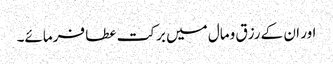
اور ان کے رزق ومال میں برکت عطا فرمائے۔